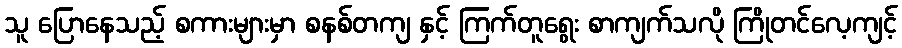
သူ ပြောနေသည့် စကားများမှာ စနစ်တကျ နှင့် ကြက်တူရွေး စာကျက်သလို ကြိုတင်လေ့ကျင့်